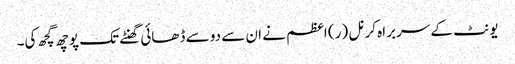
یونٹ کے سربراہ کرنل (ر) اعظم نے ان سے دو سے ڈھائی گھنٹے تک پوچھ گچھ کی۔